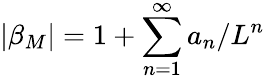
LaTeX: |\beta_{M}|=1+\sum_{n=1}^{\infty}a_{n}/L^{n}